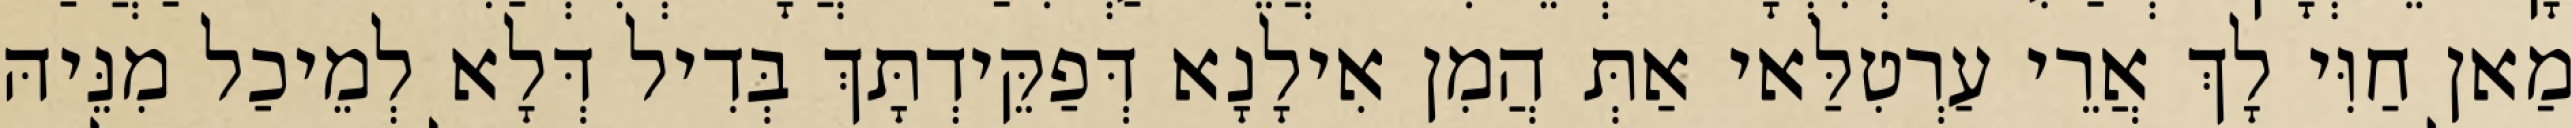
מַאן חַוִּי לָךְ אֲרֵי עַרְטִלַּאי אַתְּ הֲמִן אִילָנָא דְּפַקֵּידְתָּךְ בְּדִיל דְּלָא לְמֵיכַל מִנֵּיהּ